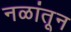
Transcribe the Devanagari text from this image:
नळांतून